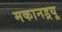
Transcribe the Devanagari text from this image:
मकानड्रयू